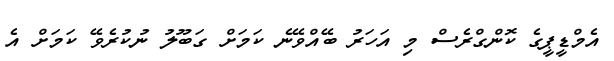
އެމްޑީޕީގެ ކޮންގްރެސް މި އަހަރު ބޭއްވޭނެ ކަމަށް ގަބޫލު ނުކުރެވޭ ކަމަށް އެ